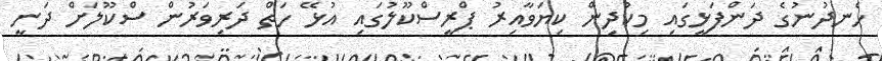
ހެނދުނުގެ ދަންފަޅީގައި މިކުދިން ކިޔަވާއިރު ޕްރީސްކޫލުގައި އުޅޭ ހަތް ދަރިވަރުން ސްކޫލަށް ދަނީ